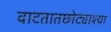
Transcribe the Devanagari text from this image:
वाटतातछोट्याश्या